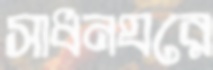
সাধনঘরে